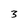
Character: 3